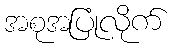
အစုအပြုံလိုက်